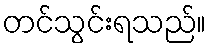
တင်သွင်းရသည်။